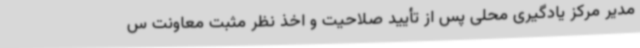
مدیر مرکز یادگیری محلی پس از تأیید صلاحیت و اخذ نظر مثبت معاونت س